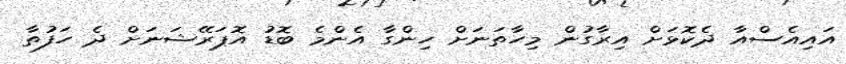
އައިއެސްއާ ދެކޮޅަށް އިރާގުން މިހާތަނަށް ހިންގާ އެންމެ ބޮޑު އޮޕަރޭޝަނަށް ދެ ހަފުތާ